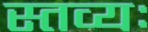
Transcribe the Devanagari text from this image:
स्तव्यः